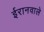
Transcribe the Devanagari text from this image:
ईरानवाले